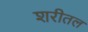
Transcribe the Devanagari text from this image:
शरीतल